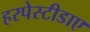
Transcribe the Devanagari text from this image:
हरपेस्टीडाए